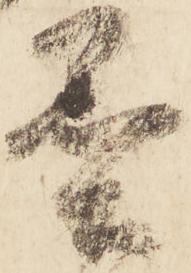
墨